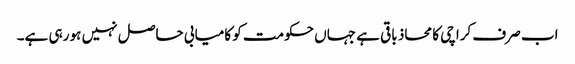
اب صرف کراچی کا محاذ باقی ہے جہاں حکومت کو کامیابی حاصل نہیں ہو رہی ہے۔